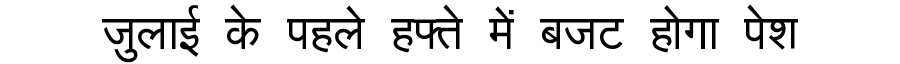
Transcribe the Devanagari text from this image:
जुलाई के पहले हफ्ते में बजट होगा पेश